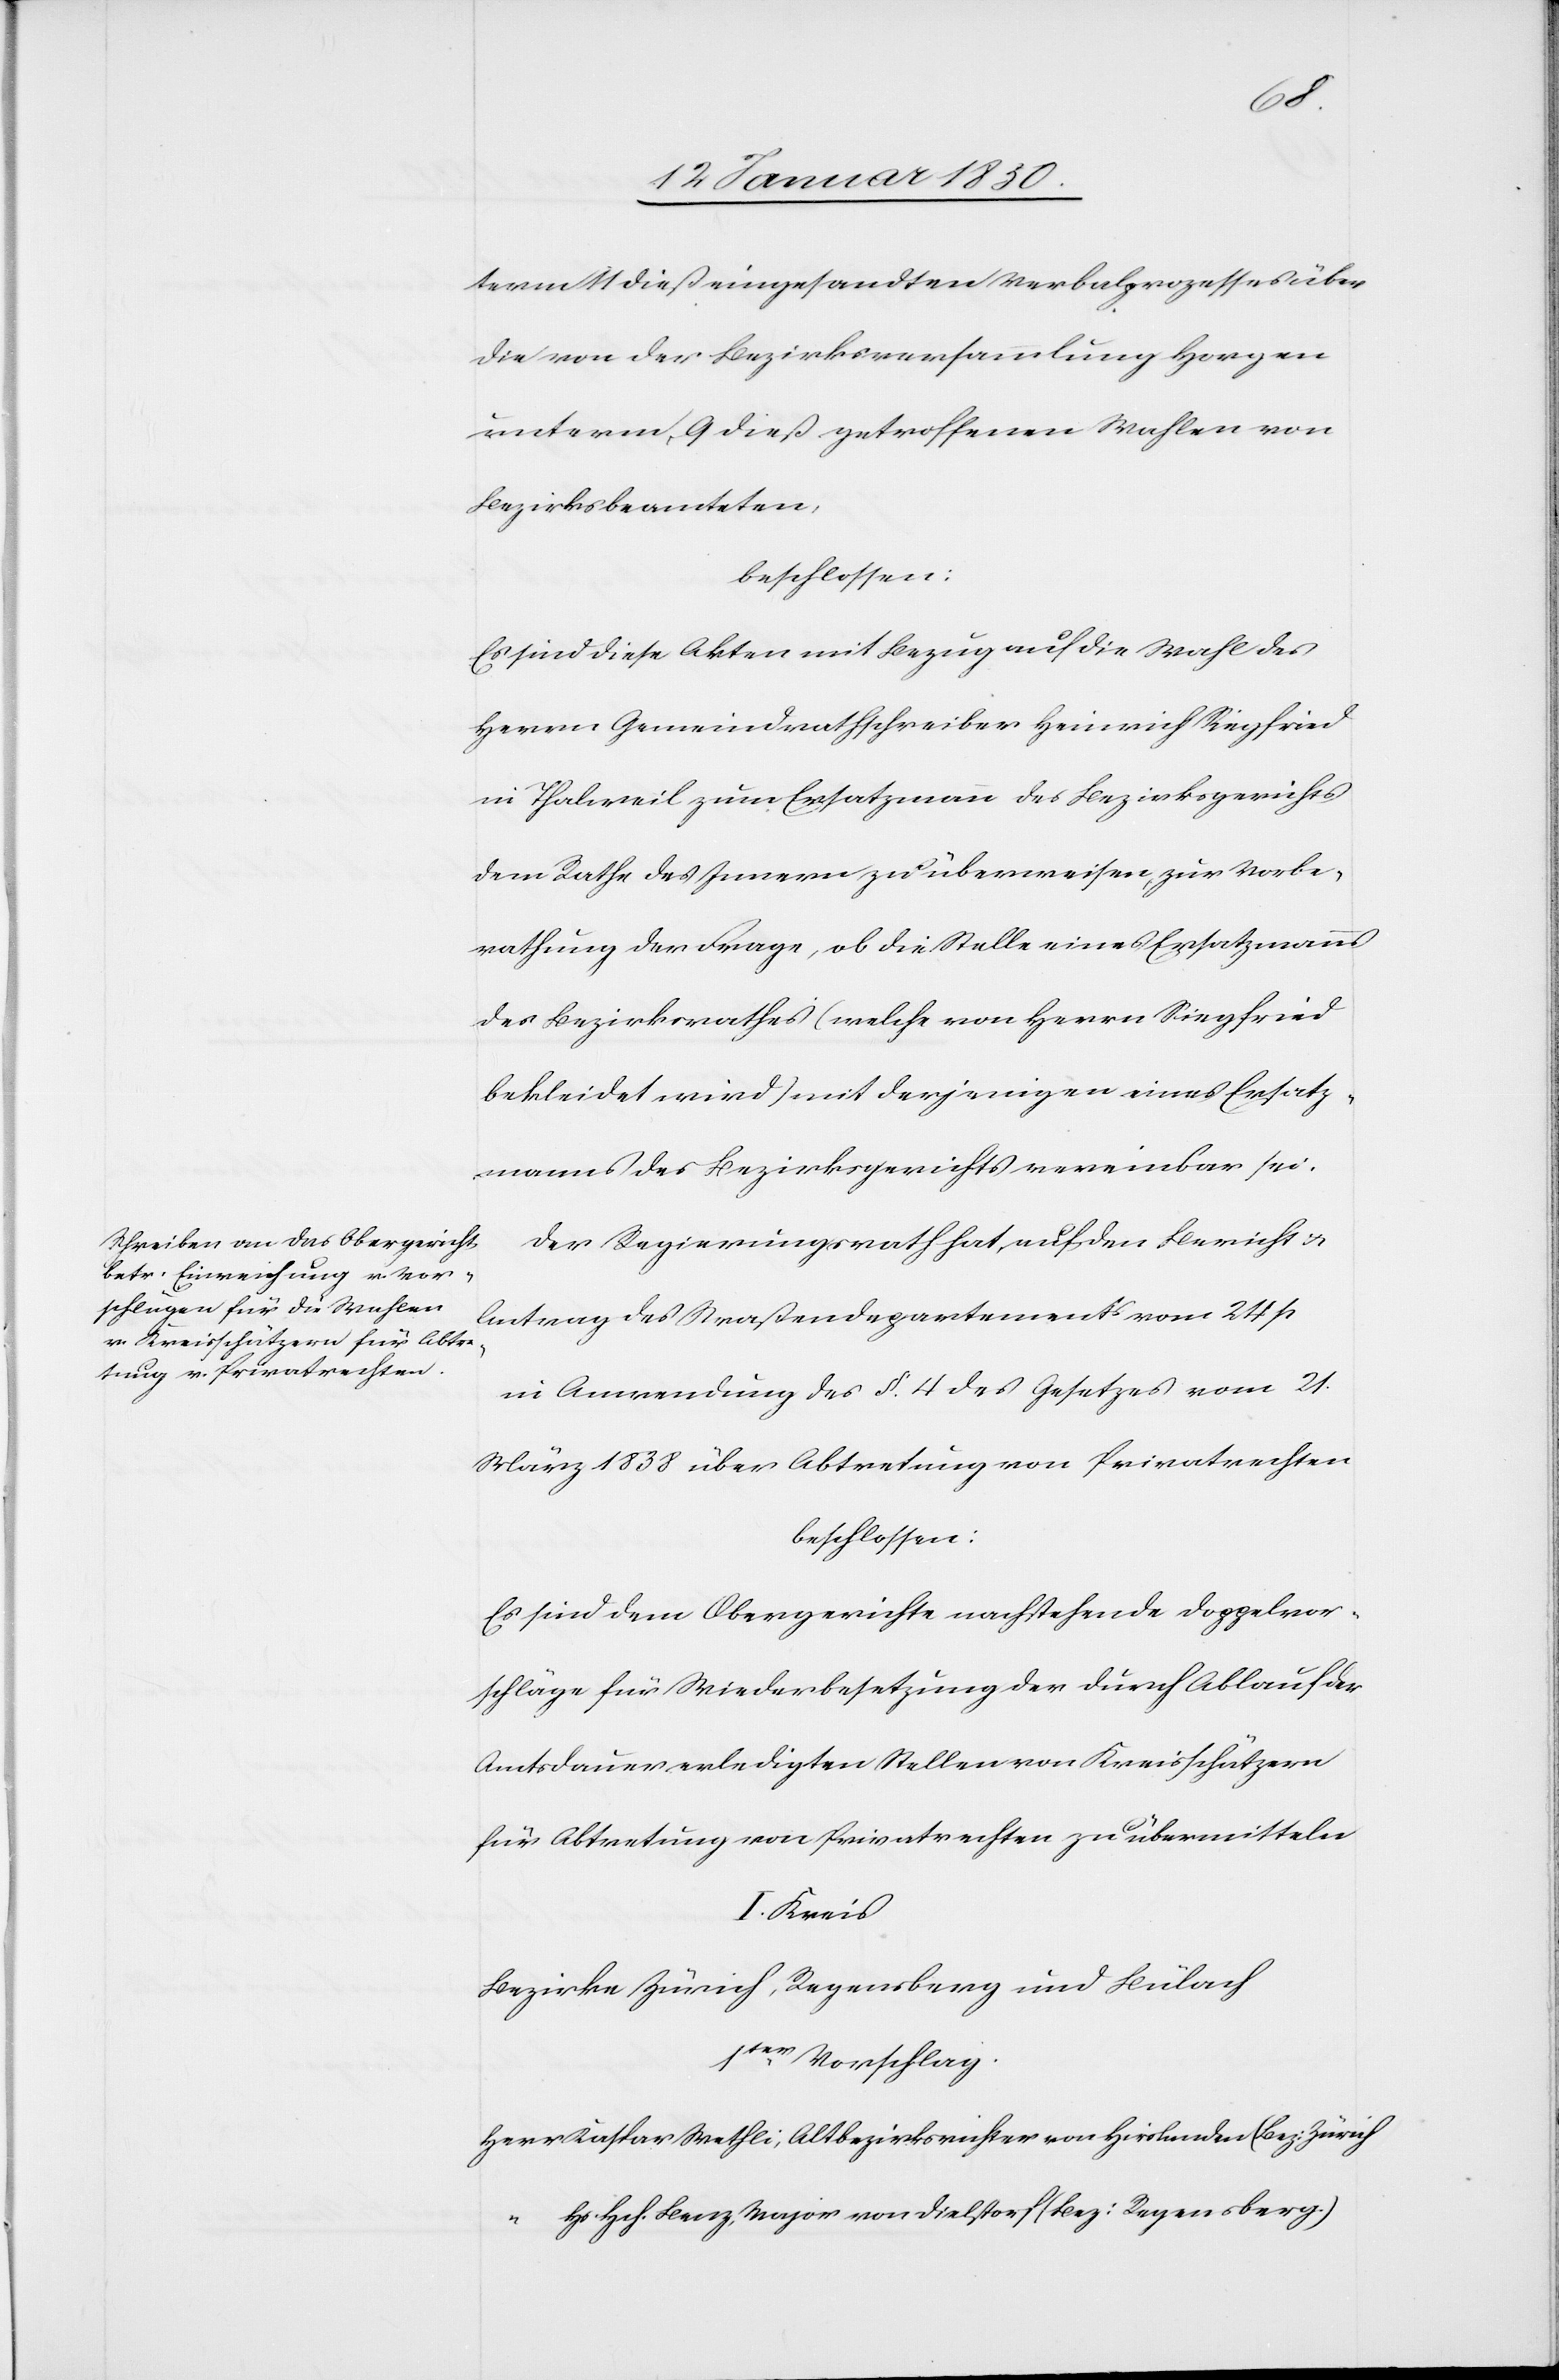
term 11 dß eingesandten Verbalprozesses über
die von der Bezirksversammlung Horgen
unterm 9 dieß getroffenen Wahlen von
Bezirksbeamteten,
beschlossen:
Es sind diese Akten mit Bezug auf die Wahl des
Herrn Gemeindrathschreiber Heinrich Siegfried
in Thalweil zum Ersatzmann des Bezirksgerichts
dem Rathe des Innern zu überweisen, zur Vorbe¬
rathung der Frage, ob die Stelle eines Ersatzmanns
des Bezirksrathes (welche von Herrn Siegfried
bekleidet wird) mit derjenigen eines Ersatz¬
manns des Bezirksgerichts vereinbar sei.
Der Regierungsrath hat, auf den Bericht u.
Antrag des Straßendepartements vom 24 p
in Anwendung des §. 4 des Gesetzes vom 21.
März 1838 über Abtretung von Privatrechten
beschlossen:
Es sind dem Obergerichte nachstehende Doppelvor¬
schläge für Wiederbesetzung der durch Ablauf der
Amtsdauer erledigten Stellen von Kreisschätzern
für Abtretung von Privatrechten zu übermitteln
I. Kreis
Bezirke Zürich, Regensberg und Bülach
1ter Vorschlag.
Herr	Kaspar Wetzli; Altbezirksrichter von Hirslanden (Bez: Zürich[)]
“		Hs. Hch. Benz, Major von Dielstorf (Bez: Regensberg)